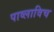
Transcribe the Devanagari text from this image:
पाव्लाविच